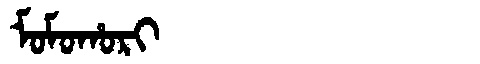
Manchu: ᠮᠣᠮᠣᡥᠣᡵᡳ
Romanization: MOMOHORI